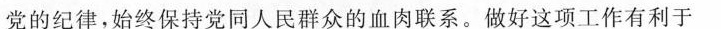
党的纪律，始终保持党同人民群众的血肉联系。做好这项工作有利于